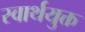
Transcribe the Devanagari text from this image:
स्वार्थयुक्त